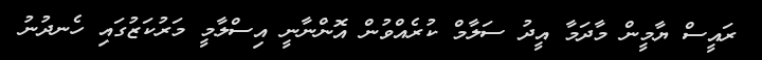
ރައީސް ޔާމީން މާދަމާ އީދު ސަލާމް ކުރެއްވުން އޮންނާނީ އިސްލާމީ މަރުކަޒުގައި ހެނދުނު